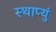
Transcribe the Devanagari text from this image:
स्थाप्युं